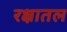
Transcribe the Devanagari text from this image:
रक्षातल